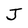
Character: J